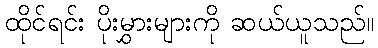
ထိုင်ရင်း ပိုးမွှားများကို ဆယ်ယူသည်။